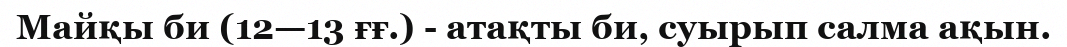
Майқы би (12—13 ғғ.) - атақты би, суырып салма ақын.